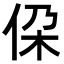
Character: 𪜷